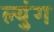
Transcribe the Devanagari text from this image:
ल्युंग